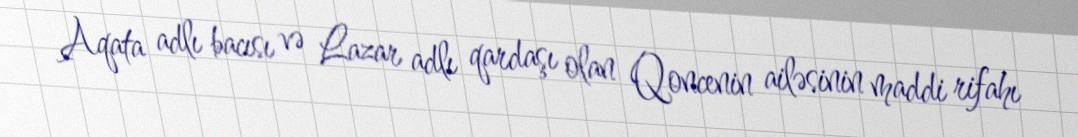
Aqata adlı bacısı və Lazar adlı qardaşı olan Qoncenin ailəsinin maddi rifahı